画像に写った文字を読んでください
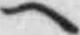
「ヘ」と書いてあります